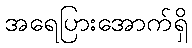
အရေပြားအောက်ရှိ